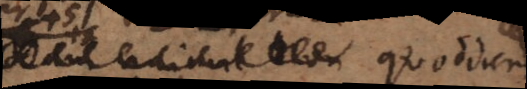
g. quoddam